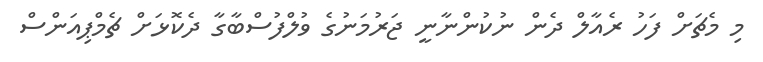
މި މެޗަށް ފަހު ރެއާލް ދެން ނުކުންނާނީ ޖަރުމަނުގެ ވުލްފުސްބާގާ ދެކޮޅަށް ޗެމްޕިއަންސް